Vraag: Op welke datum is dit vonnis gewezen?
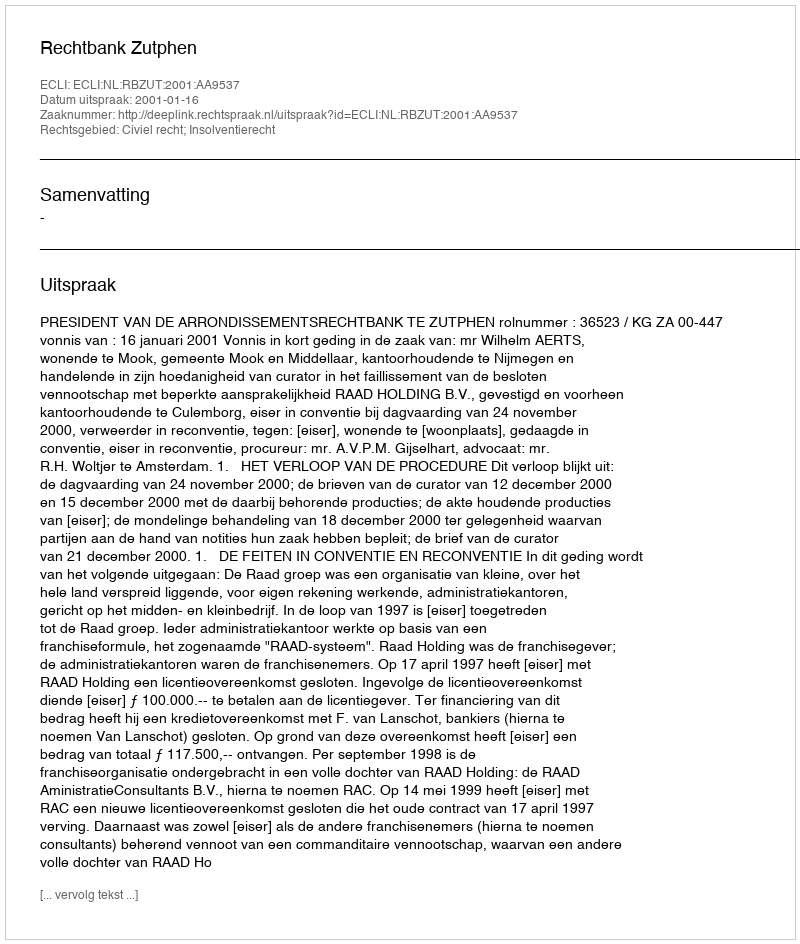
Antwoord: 2001-01-16